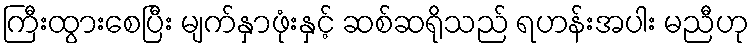
ကြီးထွားစေပြီး မျက်နှာဖုံးနှင့် ဆစ်ဆရိုသည် ရဟန်းအပါး မညီဟု